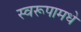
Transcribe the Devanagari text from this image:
स्वरूपामधे